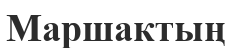
Маршактың